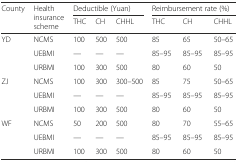
<table><thead><tr><td rowspan="2"><b>County</b></td><td rowspan="2"><b>Health insurance scheme</b></td><td colspan="3"><b>Deductible (Yuan)</b></td><td colspan="3"><b>Reimbursement rate (%)</b></td></tr><tr><td><b>THC</b></td><td><b>CH</b></td><td><b>CHHL</b></td><td><b>THC</b></td><td><b>CH</b></td><td><b>CHHL</b></td></tr></thead><tbody><tr><td rowspan="3">YD</td><td>NCMS</td><td>100</td><td>500</td><td>500</td><td>85</td><td>65</td><td>50–65</td></tr><tr><td>UEBMI</td><td>—</td><td>—</td><td>—</td><td>85–95</td><td>85–95</td><td>85–95</td></tr><tr><td>URBMI</td><td>100</td><td>300</td><td>500</td><td>80</td><td>60</td><td>50</td></tr><tr><td rowspan="3">ZJ</td><td>NCMS</td><td>100</td><td>300</td><td>300–500</td><td>85</td><td>75</td><td>50–65</td></tr><tr><td>UEBMI</td><td>—</td><td>—</td><td>—</td><td>85–95</td><td>85–95</td><td>85–95</td></tr><tr><td>URBMI</td><td>100</td><td>300</td><td>500</td><td>80</td><td>60</td><td>50</td></tr><tr><td rowspan="3">WF</td><td>NCMS</td><td>50</td><td>200</td><td>500</td><td>80</td><td>70</td><td>55–65</td></tr><tr><td>UEBMI</td><td>—</td><td>—</td><td>—</td><td>85–95</td><td>85–95</td><td>85–95</td></tr><tr><td>URBMI</td><td>100</td><td>300</td><td>500</td><td>80</td><td>60</td><td>50</td></tr></tbody></table>